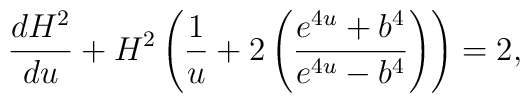
\frac{dH^2}{du}+H^2\left(\frac{1}{u}+2\left(\frac{e^{4u}+b^4}{e^{4u}-b^4}\right)\right)=2,